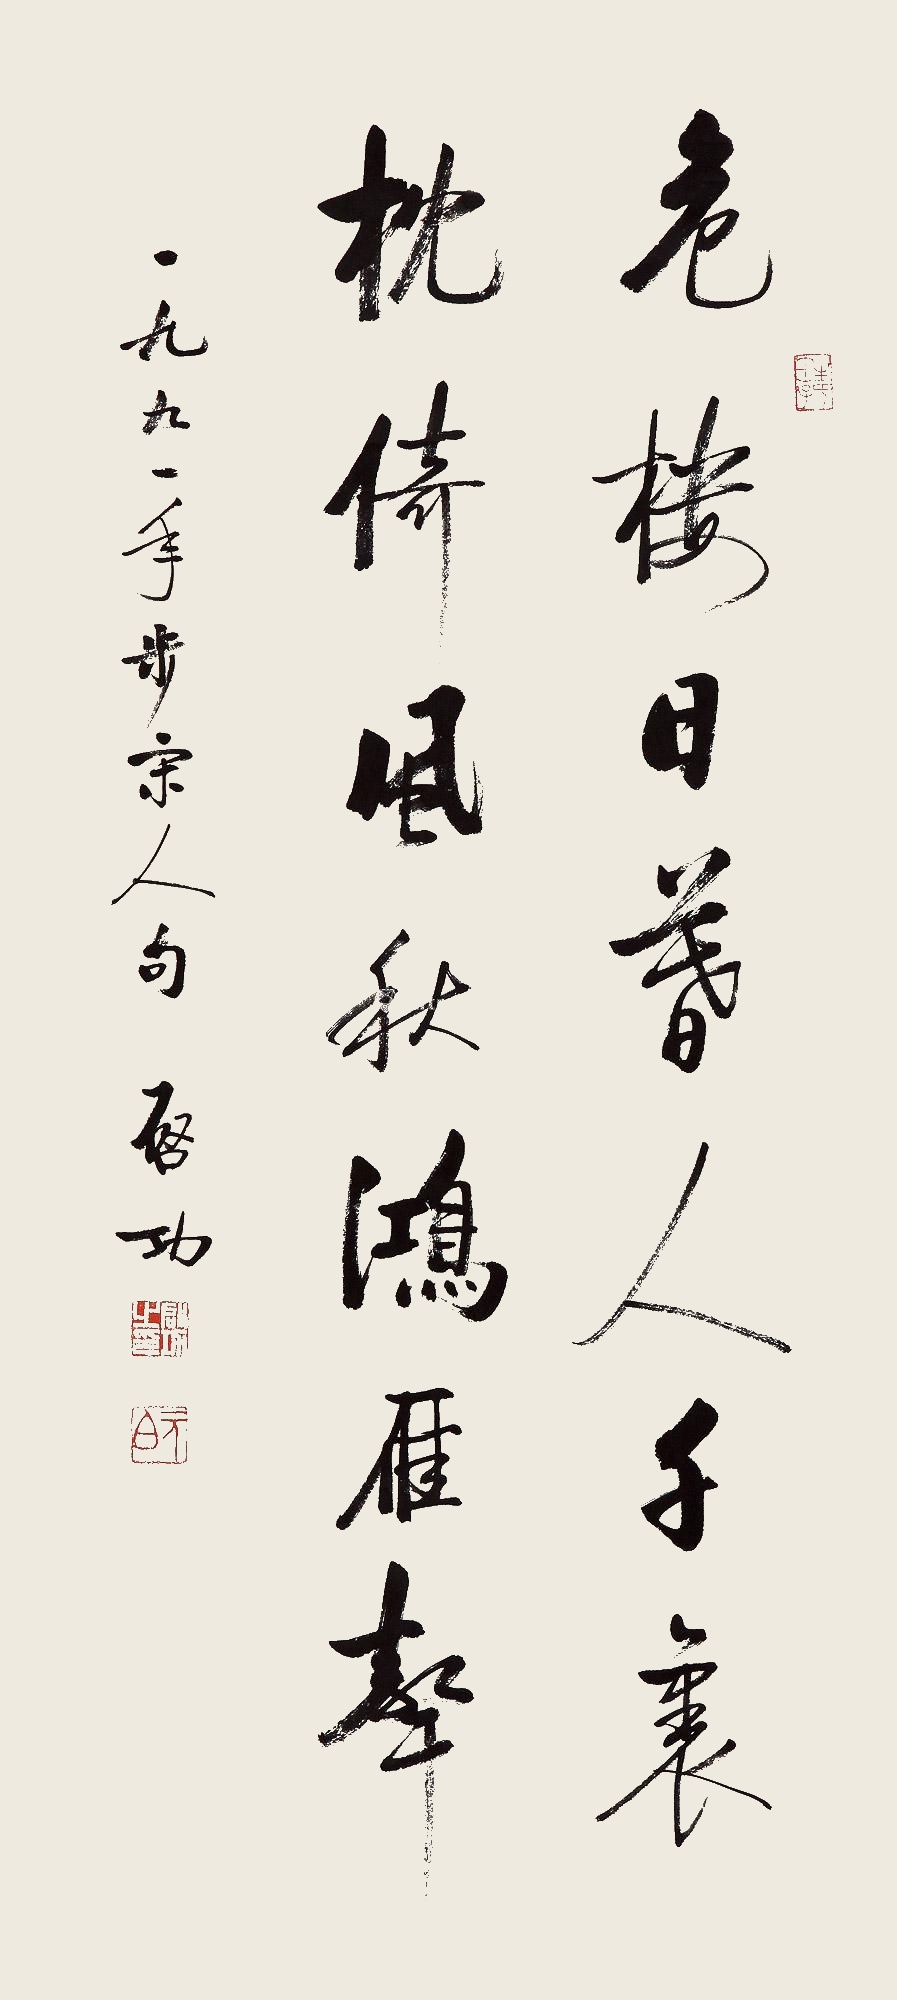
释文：危楼日暮人千里，枕欹风秋鸿雁声。一九九一年步宋人句，启功。